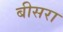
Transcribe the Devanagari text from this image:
बीसरा